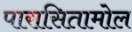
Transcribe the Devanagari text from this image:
पारासितामोल